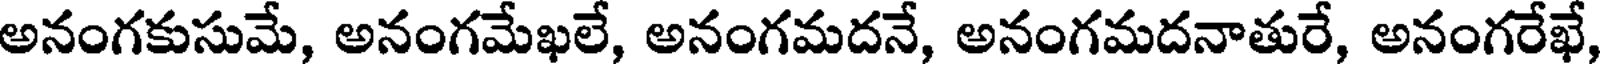
అనంగకుసుమే, అనంగమేఖలే, అనంగమదనే, అనంగమదనాతురే, అనంగరేఖే,